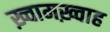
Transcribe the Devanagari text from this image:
ख़्वामख़्वाह